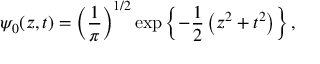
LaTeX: \psi _ { 0 } ( z , t ) = \left( { \frac { 1 } { \pi } } \right) ^ { 1 / 2 } \exp \left\{ - { \frac { 1 } { 2 } } \left( z ^ { 2 } + t ^ { 2 } \right) \right\} ,